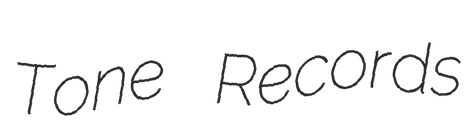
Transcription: Tone Records